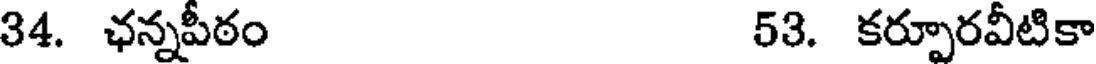
34. ఛన్నపీఠం 53. కర్పూరవీటికా